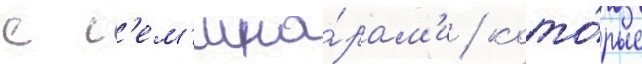
с с'ем'ина́рам'и / кото́рые